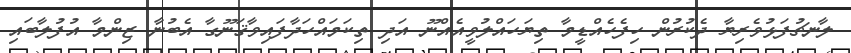
ލާނޗުފަޅުވެރިޔާ ދެކުރުން ހިފެހެއްޑީމާ ތިޔަހައްލުވީއެއްނޫ އަދި ތިކަމައްހަދާފައިވާޤަނޫގާ އެބުނާ ޒިންމާ އުފުލާބައި